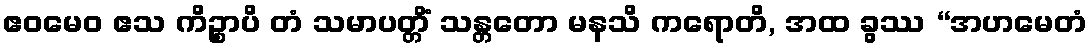
ဧဝမေဝ ဧသ ကိဉ္စာပိ တံ သမာပတ္တိံ သန္တတော မနသိ ကရောတိ, အထ ခွဿ “အဟမေတံ